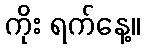
ကိုး ရက်နေ့။